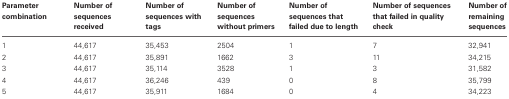
| Parameter combination | Number of sequences received | Number of sequences with tags | Number of sequences without primers | Number of sequences that failed due to length | Number of sequences that failed in quality check | Number of remaining sequences |
 | --- | --- | --- | --- | --- | --- | --- |
 | 1 | 44,617 | 35,453 | 2504 | 1 | 7 | 32,941 |
 | 2 | 44,617 | 35,891 | 1662 | 3 | 11 | 34,215 |
 | 3 | 44,617 | 35,114 | 3528 | 1 | 3 | 31,582 |
 | 4 | 44,617 | 36,246 | 439 | 0 | 8 | 35,799 |
 | 5 | 44,617 | 35,911 | 1684 | 0 | 4 | 34,223 |